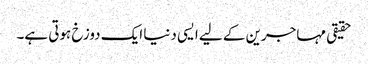
حقیقی مہاجرین کے لیے ایسی دنیا ایک دوزخ ہوتی ہے۔